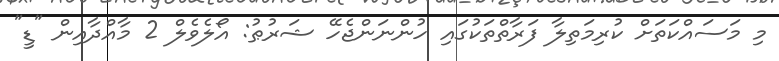
މި މަސައްކަތަށް ކުރިމަތިލާ ފަރާތްތަކުގައި ހުންނަންޖެހޭ ޝަރުޠު: އޯލެވެލް 2 މާއްދާއިން "ޑީ"